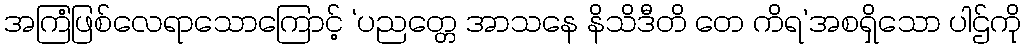
အကြံဖြစ်လေရာသောကြောင့် ‘ပညတ္တေ အာသနေ နိသိဒီတိ တေ ကိရ’အစရှိသော ပါဌ်ကို